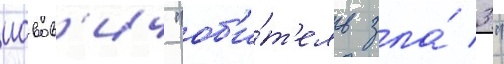
иовов'ич "об'и́т'ель зла́ 3"